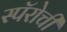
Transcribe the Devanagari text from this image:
स्पॅरोची